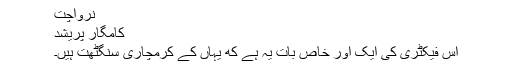
نرواچت
کامگار پریشد
اس فیکٹری کی ایک اور خاص بات یہ ہے که یہاں کے کرمچاری سنگٹھت ہیں۔